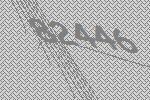
82446